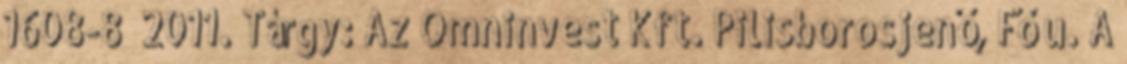
1608-8 2011. Tárgy: Az Omninvest Kft. Pilisborosjenő, Fő u. A